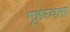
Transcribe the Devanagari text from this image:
गृहरचना